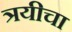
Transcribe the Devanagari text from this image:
त्रयीचा